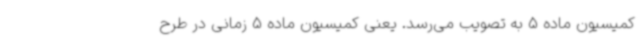
کمیسیون ماده 5 به تصویب می‌رسد. یعنی کمیسیون ماده 5 زمانی در طرح